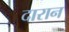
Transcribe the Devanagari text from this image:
दारान